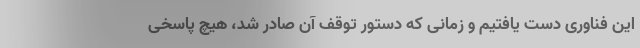
این فناوری دست یافتیم و زمانی که دستور توقف آن صادر شد، هیچ پاسخی